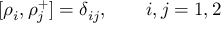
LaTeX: [ \rho _ { i } , \rho _ { j } ^ { + } ] = \delta _ { i j } , \qquad i , j = 1 , 2